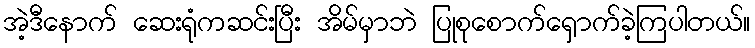
အဲ့ဒီနောက် ဆေးရုံကဆင်းပြီး အိမ်မှာဘဲ ပြုစုစောက်ရှောက်ခဲ့ကြပါတယ်။